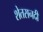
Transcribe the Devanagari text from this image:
शेतसनदी